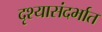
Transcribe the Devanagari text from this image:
दृश्यासंदर्भात